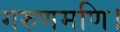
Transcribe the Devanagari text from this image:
गरुणमणि।